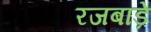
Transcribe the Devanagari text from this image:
रजबाड़े